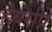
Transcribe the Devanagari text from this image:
हेयर्सप्रे